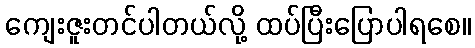
ကျေးဇူးတင်ပါတယ်လို့ ထပ်ပြီးပြောပါရစေ။